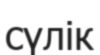
сүлік